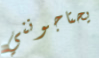
يحتاجونني